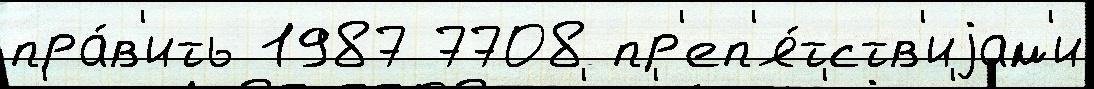
пра́в'ить 1987 7708 пр'еп'я́тств'иjам'и